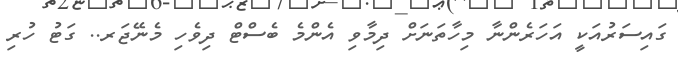
ގައިސަރުއަކީ އަހަރެންނާ މިހާތަނަށް ދިމާވި އެންމެ ބެސްޓް ދިވެހި މެނޭޖަރ.. ގަޓު ހުރި